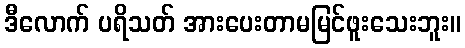
ဒီလောက် ပရိသတ် အားပေးတာမမြင်ဖူးသေးဘူး။